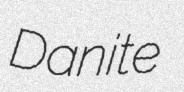
Danite